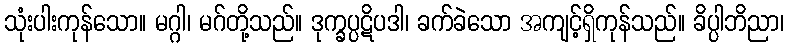
သုံးပါးကုန်သော။ မဂ္ဂါ၊ မဂ်တို့သည်။ ဒုက္ခပ္ပဋိပဒါ၊ ခက်ခဲသော အကျင့်ရှိကုန်သည်။ ခိပ္ပါဘိညာ၊